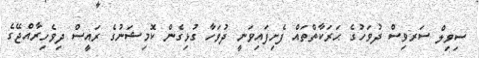
ސިވިލް ސަރވިސް ދުވަހުގެ ޙަރަކާތްތައް ފެށިފައިވަނީ ދުވަހާ ގުޅިގެން ކޮމިޝަނުގެ ރައީސް ދިވެހިރާއްޖޭގެ